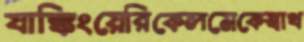
যাঙ্কিংয়েরিকেলমেকেস্বাথ